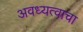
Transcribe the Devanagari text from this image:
अवध्यत्वाचा